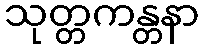
သုတ္တကန္တနာ